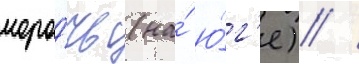
моро́чь (на́ ю́г'е) /